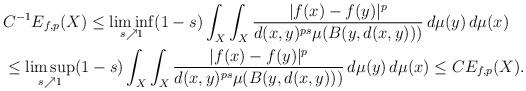
LaTeX: \begin{align*}&C^{-1}E_{f,p}(X)\le \liminf_{s\nearrow 1}(1-s)\int_{X}\int_{X}\frac{|f(x)-f(y)|^p}{d(x,y)^{ps}\mu(B(y,d(x,y)))}\,d\mu(y)\,d\mu(x)\\&\le \limsup_{s\nearrow 1}(1-s)\int_{X}\int_{X}\frac{|f(x)-f(y)|^p}{d(x,y)^{ps}\mu(B(y,d(x,y)))}\,d\mu(y)\,d\mu(x)\le CE_{f,p}(X).\end{align*}